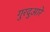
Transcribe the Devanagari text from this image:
गुरदुआरे